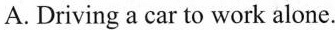
A.Driving a car to work alone.